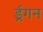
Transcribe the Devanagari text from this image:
र्ड्रगन